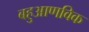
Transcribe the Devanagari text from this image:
बहुआणविक